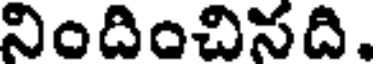
నిందించినది.